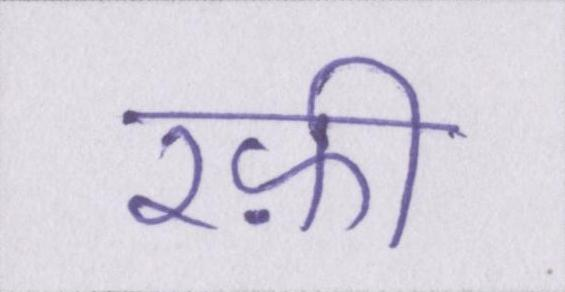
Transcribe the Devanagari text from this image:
रफ़ी